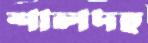
শালদহ